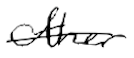
Text: other
Cross-out: single-line
Writing tool: digital_black